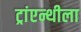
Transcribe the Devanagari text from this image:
ट्रांएन्थीला